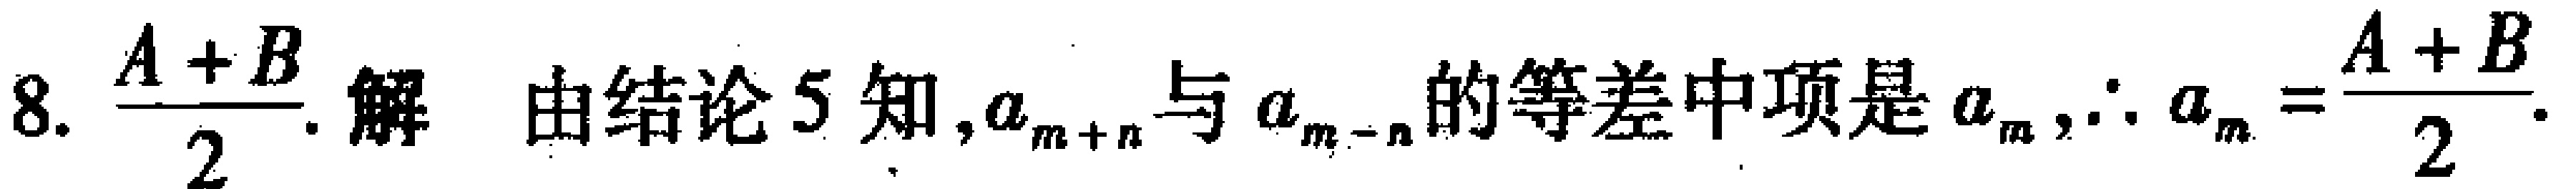
8. $\frac{A + B}{2}$. 解 由结论 5 知, $a_{m + n}$ 与 $a_{m - n}$ 的等差中项是 $a_{m}$, $\therefore a_{m} = \frac{A + B}{2}$.